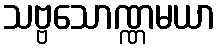
သဗ္ဗသောဏ္ဏမယာ